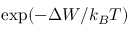
\exp ( - \Delta W / k _ { B } T )